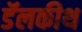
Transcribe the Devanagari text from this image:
डॅलकीथ